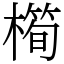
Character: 橁